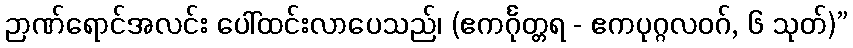
ဉာဏ်ရောင်အလင်း ပေါ်ထင်းလာပေသည်၊ (ဧကင်္ဂုတ္တရ - ဧကပုဂ္ဂလဝဂ်, ၆ သုတ်)”